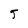
Character: 5